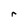
Character: r